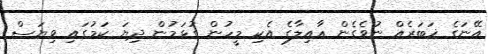
އޭނަގެ ޚަބަރެއް ނުވެގެން ޢާއިލާގެ އެކި މީހުން ގުޅަމުން ދިޔަ ކަމުގައި ވިޔަސް